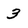
Character: 3